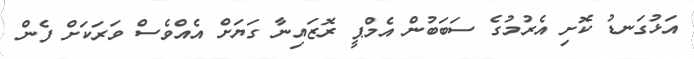
އަޅުގަނޑު ކޮށި އެރުމުގެ ސަބަބުން އެމްޕީ ރޮޒައިނާ ގަޔަށް އެއްވެސް ވަރަކަށް ފެން